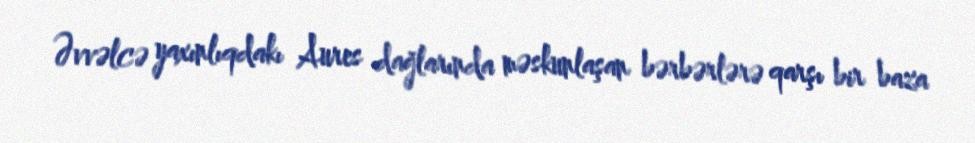
Əvvəlcə yaxınlıqdakı Aures dağlarında məskunlaşan bərbərlərə qarşı bir baza